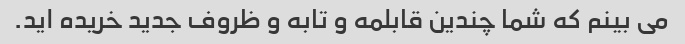
می بینم که شما چندین قابلمه و تابه و ظروف جدید خریده اید.